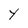
Character: Y